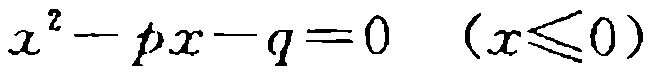
\(x^{2}-px - q = 0\quad(x\leqslant0)\)